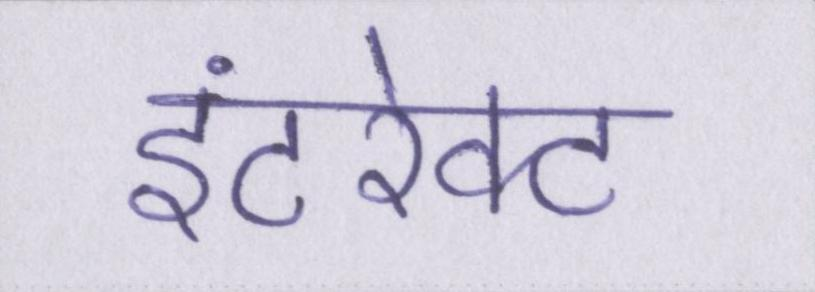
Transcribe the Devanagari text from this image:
इंटरेक्ट